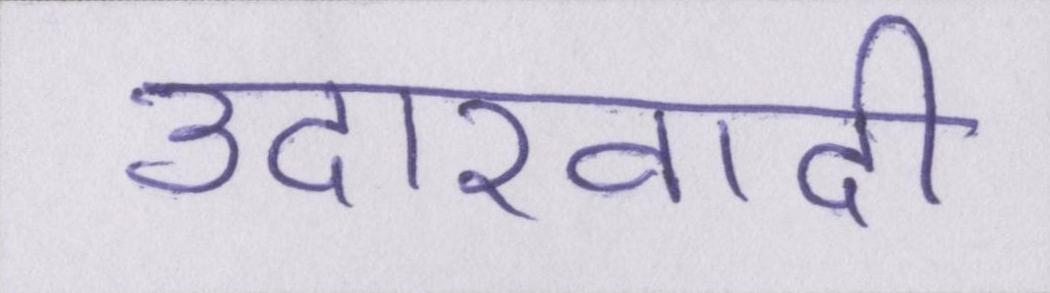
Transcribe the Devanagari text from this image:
उदारवादी